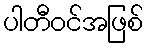
ပါတီဝင်အဖြစ်